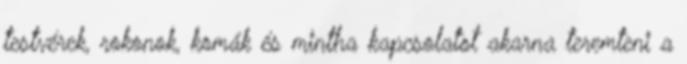
testvérek, rokonok, komák és mintha kapcsolatot akarna teremteni a